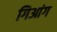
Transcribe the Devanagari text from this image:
गिआंग